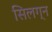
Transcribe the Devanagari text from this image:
सिलग्न